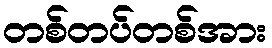
တစ်တပ်တစ်အား